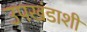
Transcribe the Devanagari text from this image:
उपखंडाशी